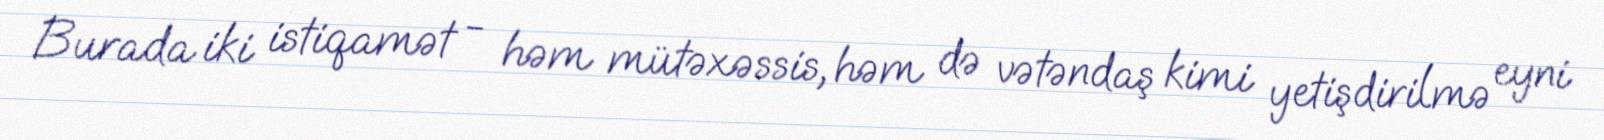
Burada iki istiqamət - həm mütəxəssis, həm də vətəndaş kimi yetişdirilmə eyni